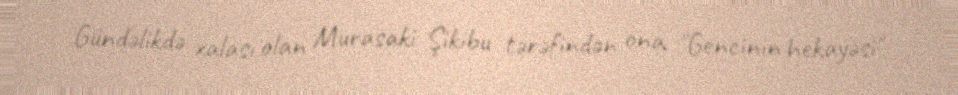
Gündəlikdə xalası olan Murasaki Şikibu tərəfindən ona "Gencinin hekayəsi"